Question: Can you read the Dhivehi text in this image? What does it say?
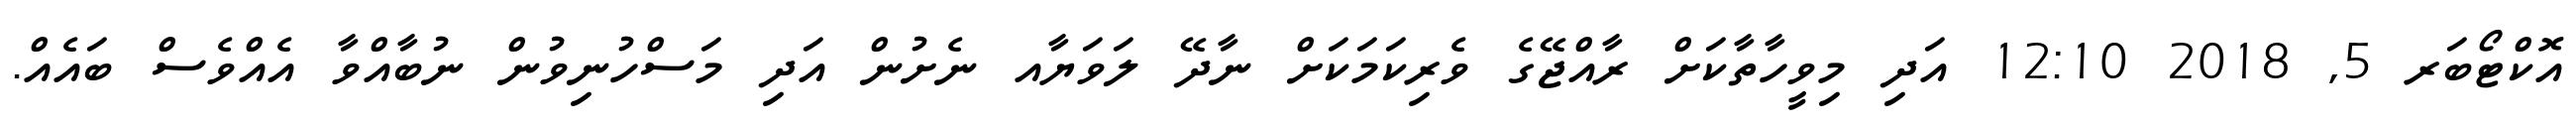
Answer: އޮކްޓޯބަރ 5, 2018 12:10 އަދި މިވީހާތާކަށް ރާއްޖޭގެ ވެރިކަމަކަށް ނާދޭ ލަވަޔާއ ނެށުން އަދި މަސްހުނިވުން ނުބާއްވާ އެއްވެސް ބައެއް.